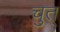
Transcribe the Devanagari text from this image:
चुत्